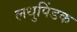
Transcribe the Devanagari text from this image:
लधुपिंडक